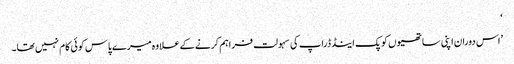
‘
’اس دوران اپنی ساتھیوں کو پک اینڈ ڈراپ کی سہولت فراہم کرنے کےعلاوہ میرے پاس کوئی کام نہیں تھا۔